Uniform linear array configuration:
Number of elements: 8
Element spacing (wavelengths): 1
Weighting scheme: blackman
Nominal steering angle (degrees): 45
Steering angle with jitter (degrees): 44.644
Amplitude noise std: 0.05
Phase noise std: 0.05

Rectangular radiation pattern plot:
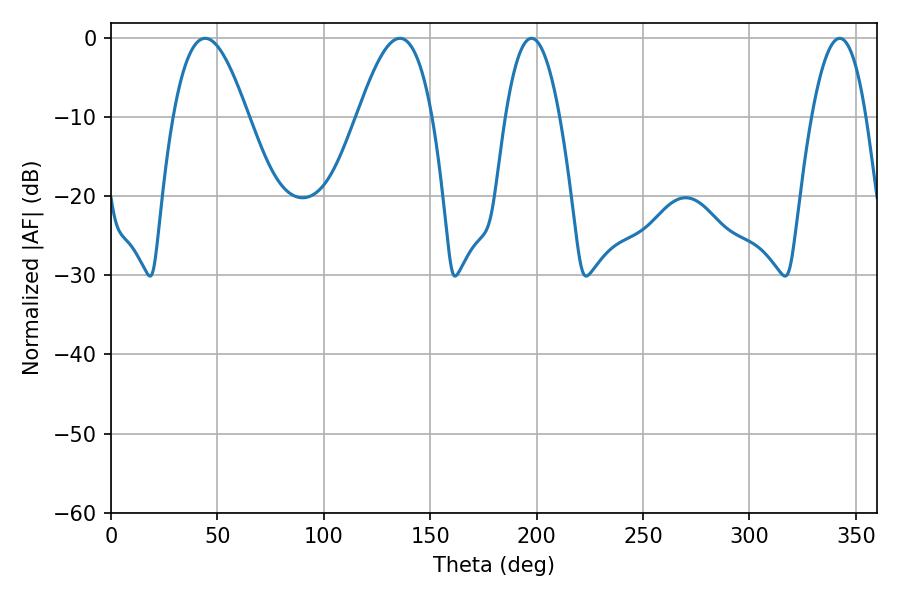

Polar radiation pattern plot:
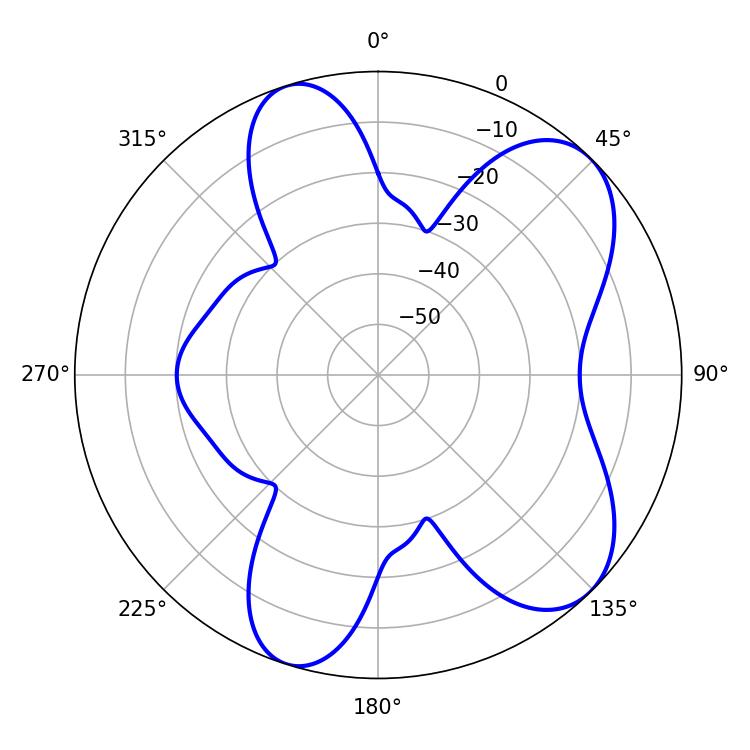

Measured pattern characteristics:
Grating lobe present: TRUE
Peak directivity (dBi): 7.5
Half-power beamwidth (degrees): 19.08
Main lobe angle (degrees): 44.28